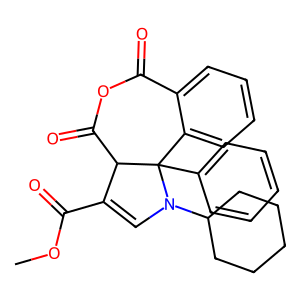
SMILES: COC(=O)C1=CN(C2CCCCC2)C2(c3ccccc3)c3ccccc3C(=O)OC(=O)C12
Inhibits HIV replication: No